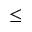
\le